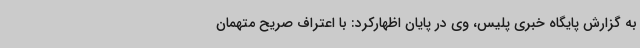
به گزارش پایگاه خبری پلیس، وی در پایان اظهارکرد: با اعتراف صریح متهمان